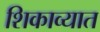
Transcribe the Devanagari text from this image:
शिकाव्यात